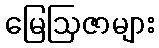
မြေဩဇာများ